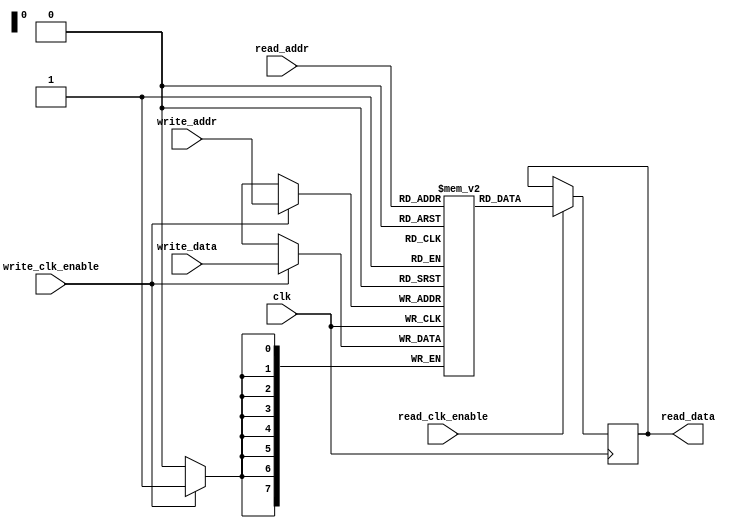
/*
 * iCEstick LPC TPM Sniffer (buffer.v)
 * 
 * Dual port memory
 */

module buffer #(parameter AW = 8, parameter DW = 8)(
    input wire clk,
    input wire write_clk_enable,
    input wire [DW - 1:0] write_data,
    input wire [AW - 1:0] write_addr,
    input wire read_clk_enable,
    input wire [AW - 1:0] read_addr,
    output reg [DW - 1:0] read_data
);

    // parameters
    localparam NPOS = 2 ** AW;

    // registers
    reg [DW - 1:0] ram [0:NPOS - 1];

    // synchronous logic
    always @(posedge clk)
    begin
        if (write_clk_enable)
            ram[write_addr] <= write_data;

        if (read_clk_enable)
            read_data <= ram[read_addr];
    end

endmodule